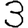
Digit: 3